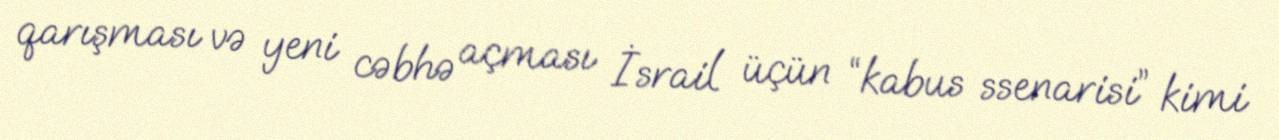
qarışması və yeni cəbhə açması İsrail üçün “kabus ssenarisi” kimi